Annual returns of the Patna Lunatic Asylum at Bankipore in Bihar and Orissa - 1912-1924
Year: 1912
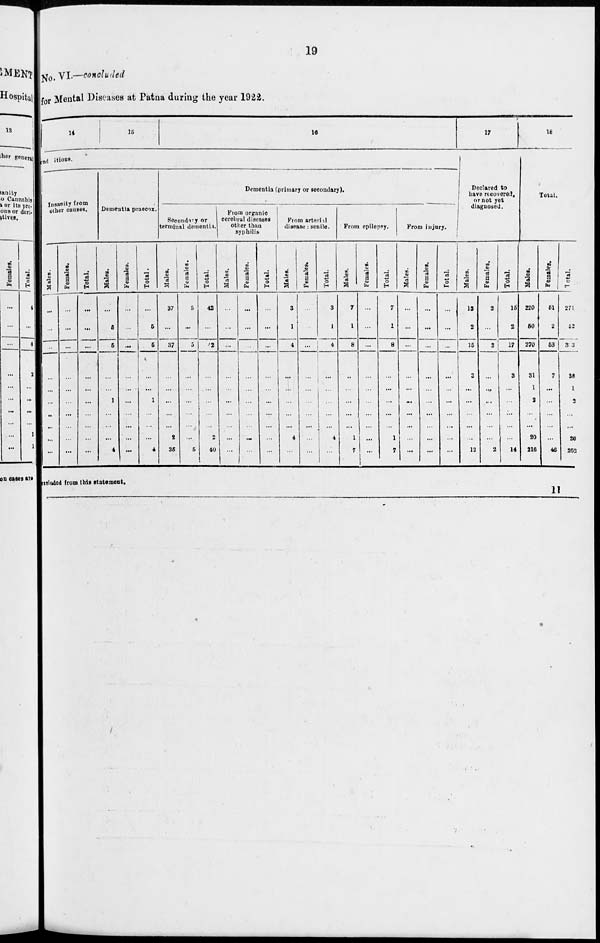
19
No. VI.—concluded
for Mental Diseases at Patna during the year 1922.
14
15
16
nd itions.
Insanity from
other causes.
Males.
...
...
...
...
...
...
...
...
...
Females.
...
...
...
...
...
...
...
...
...
Total.
...
...
...
...
...
...
...
...
...
Dementia praecox.
Males.
...
5
5
...
...
1
...
...
4
Females.
...
...
...
...
...
...
...
...
...
Total.
...
5
5
...
...
1
...
...
4
Dementia (primary or secondary).
Secondary or
terminal dementia.
Males.
37
...
37
...
...
...
...
2
35
Females.
5
...
5
...
...
...
...
...
5
Total.
42
...
42
...
...
...
...
2
40
From organic
cerebral diseases
other than
syphilis.
Males.
...
...
...
...
...
...
...
...
...
Females.
... ...
...
...
...
...
...
...
...
Total.
...
...
...
...
...
...
...
...
...
From arterial
disease : senile.
Males.
3
1
4
...
...
...
...
4
...
Females.
...
...
...
...
...
...
...
...
...
Total.
3
1
4
...
...
...
...
4
...
From epilepsy.
Males.
7
1
8
...
...
...
...
1
7
Females.
...
...
...
...
...
...
...
...
...
Total.
7
1
8
...
...
...
...
1
7
From injury.
Males.
...
...
...
...
...
...
...
...
...
Females.
...
...
...
...
...
...
...
...
...
Total.
...
...
...
...
...
...
...
...
...
17
Declared to
have recovered,
or not yet
diagnosed.
Males.
13
2
15
3
...
...
...
...
12
Females.
2
...
2
...
...
...
...
...
2
Total.
15
2
17
3
...
...
...
...
14
18
Total.
Males.
220
50
270
31
1
2
...
20
216
Females.
51
2
53
7
...
...
...
...
46
Total.
271
52
323
38
1
2
...
20
262
excluded from this statement.
11